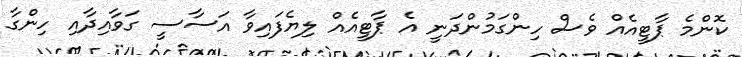
ކޮންމެ ޕާޓީއެއް ވެސް ހިންގަމުންދަނީ އެ ޕާޓީއެއް ލިޔެފައިވާ އަސާސީ ގަވާއިދާއި ހިންގާ